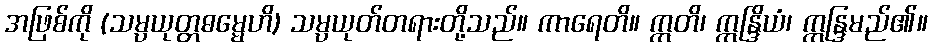
အဖြစ်ကို (သမ္ပယုတ္တဓမ္မေဟိ) သမ္ပယုတ်တရားတို့သည်။ ကာရေတိ။ ဣတိ၊ ဣန္ဒြိယံ၊ ဣန္ဒြမည်၏။